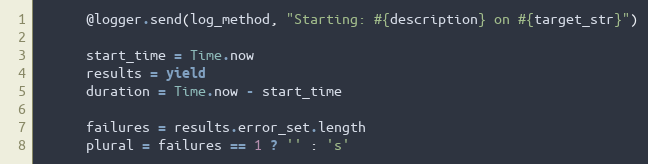
Language: Ruby
      @logger.send(log_method, "Starting: #{description} on #{target_str}")

      start_time = Time.now
      results = yield
      duration = Time.now - start_time

      failures = results.error_set.length
      plural = failures == 1 ? '' : 's'